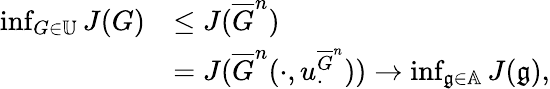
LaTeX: \begin{array}{rl}{\operatorname*{inf}_{G\in\mathbb{U}}J(G)}&{\leq J(\overline{{G}}^{n})}\\ &{=J(\overline{{G}}^{n}(\cdot,u_{\cdot}^{\overline{{G}}^{n}}))\rightarrow\operatorname*{inf}_{\mathfrak{g}\in\mathbb{A}}J(\mathfrak{g}),}\end{array}